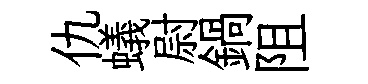
仇蟻尉鍋阻